Newspaper: Wausau pilot. [volume]
Place of publication: Wausau, Wis.
Publisher: E.B. Thayer
Date: 1900-06-12 00:00:00
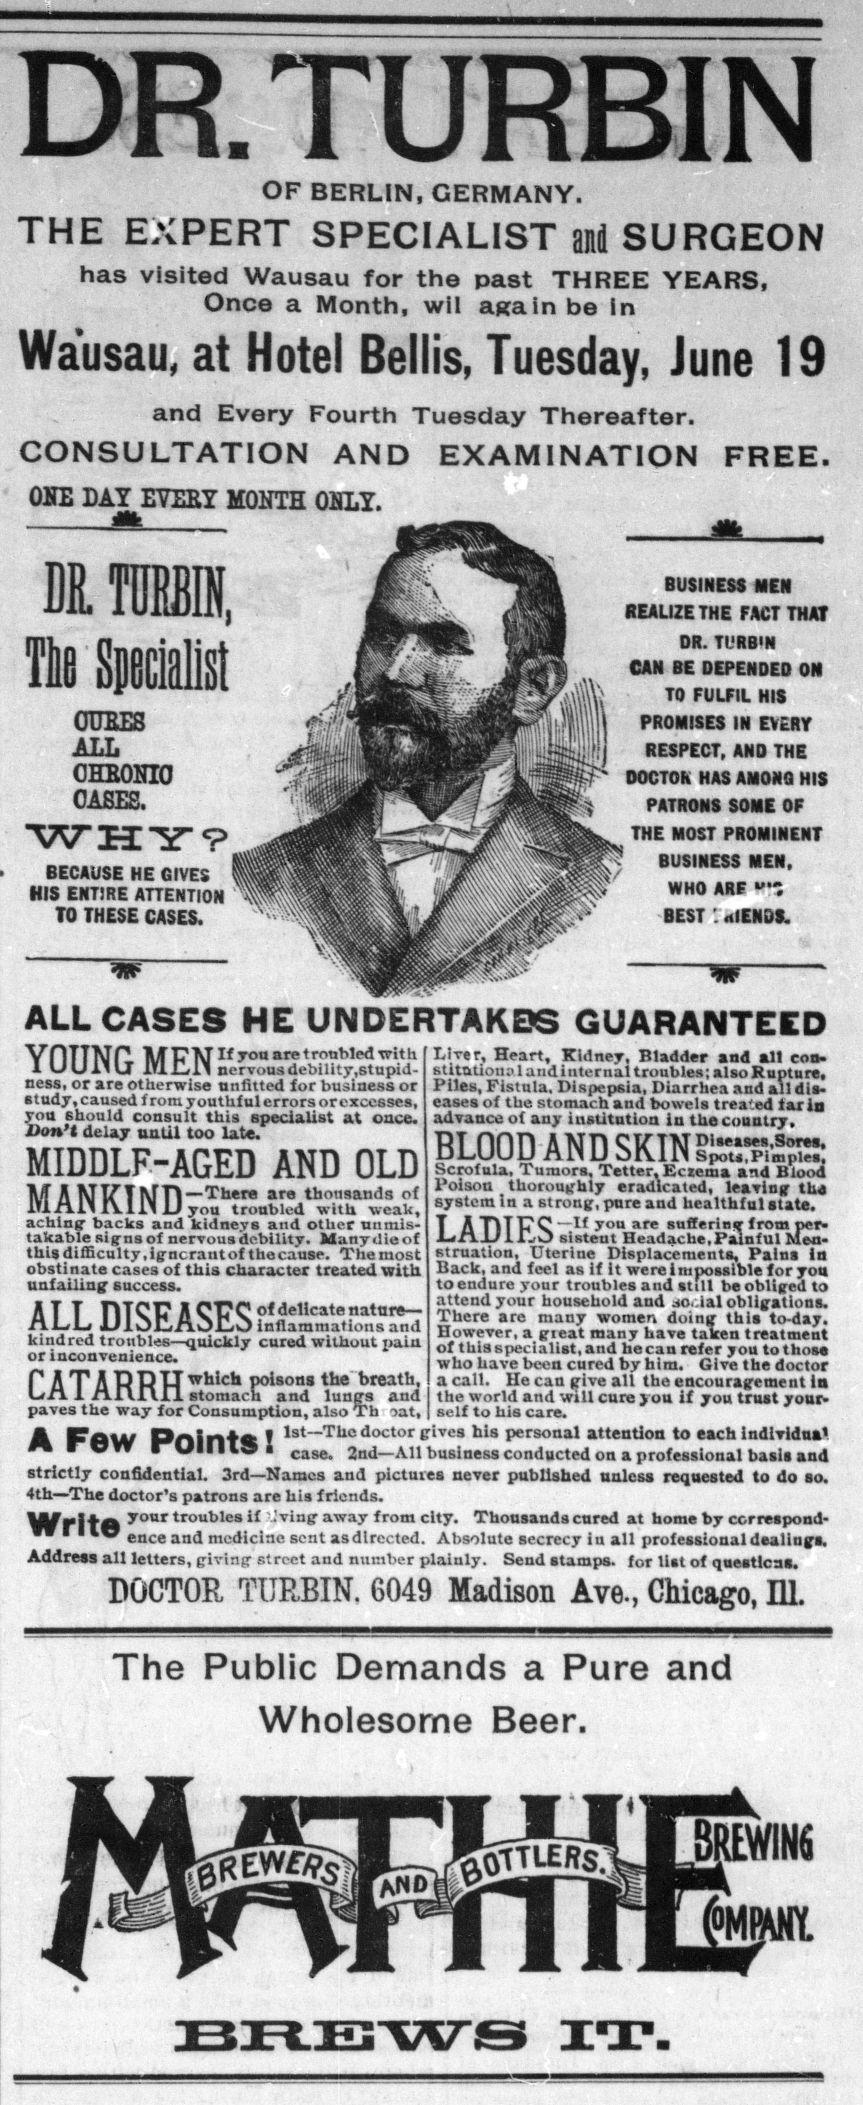
Advertisement text (OCR):
DR. TURBIN OF BERLIN, GERMANY. THE EXPERT SPECIALIST and SURGEON has visited Wausau for the past THREE YEARS, Once a Month, wil again be In Wausau, at Hotel Beilis, Tuesday, June 19 and Every Fourth Tuesday Thereafter. CONSULTATION AND EXAMINATION FREE. OHE MONTH ONLY. 1 HEIN, Uni Specialist OTJBES PROI,,SES ,M EV£ ry ALL RESPECT, AND THE GHBONIO ' DOCTOR HAS AMONQ HIS OASES. ,j patrons some of WHY? THE MOST PROM,,,E,,T BECAUSE BE CVES HIS ENTIRE ATTENTION WH ° ARF TO THESE CASES. N - : BEST '. aIENDS. ALL CASES HE UNDERTAKES GUARANTEED YnUNP, M TTIM If * oa troubled wit h f Live r, Heart, Kidney, Bladder and all con -1 UUIIU JTJJ-tli nervous debility,stupid- stitationMandinternaHroubles; also Rupture, ness, or are otherwise unfitted for business or Piles, Fistula. Dispep6ia, Diarrhea and all dis study.causedfromyoutlifulerrorsoroxcesses, eases of the stomach and bowels treated tar in you 6hould consult this speciaUst at once, advance of any institution in the country. iduj u.ui u>o ut. pi nnn anti cifm™™-!™. MIDDLF-AGED AND OLD Scrofula, Tumors, Tetter, Ecteum sod Bu.od MANKIND 7ou h t”nbtol th wUr i weak f , In^Mroug aching- backs and kidneys and other nnrais- T A TIT DC —If you are suffering from per* takable signs of nervous debility. Many die of J-.xI.JL/11 uO sisteut Headache, Painful Mea thisdifficulty.igncrantofthecause. Themost struation, Uterine Displacements, Pains In obstinate cases of this character treated with Back, and feel as if it were impossible for you unfailing success. to endure your troubles and still be obliged to ALL DISEASES HKS oru.",°.2isr i,ac “ i cur,,d sisals P AT ADD IT which poisons the breath, a call. He can give all the encouragement in Ltci 1 Allllil stomach and lungs and the world and will cure you if you trust your> paves the way for Consumption, also Tta oat, self to his care. JA Bow Point* ! lst ~~ Tllc doctor gives his personal attention to each Individual ** ■ rUIIHSi case. 2nd—All business conducted on a professional basis and strictly confidential. 3rd—Names and pictures never published unless requested to do so. 4th—The doctor’s patrons are his friends. UUTf your troubles if Iving away from city. Thousands cured at home by correspond ence and medicine sent asdlrccted. Absolute secrecy in all professional dealings. Address all letters, giving street and number plainly. Send stamps, for list of questions. DOCTOR TURBIN. 6049 Madison Ave., Chicago, 111. The Public Demands a Pure and Wholesome Beer. BREWS IT-
Label: illustrations